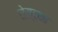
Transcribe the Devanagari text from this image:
रोस्टका